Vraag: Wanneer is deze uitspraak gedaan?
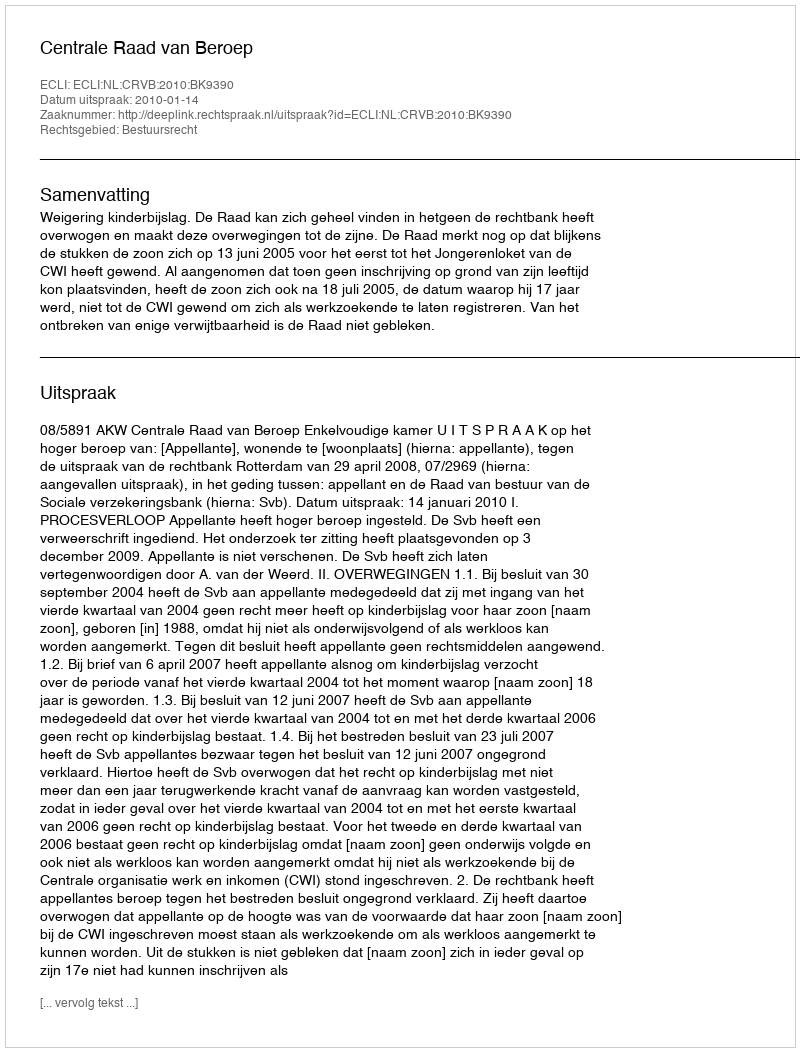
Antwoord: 2010-01-14